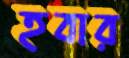
হবার